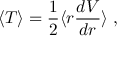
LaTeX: \langle T \rangle = \frac { 1 } { 2 } \langle r \frac { d V } { d r } \rangle \; ,